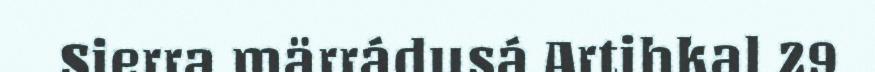
Sierra märrádusá Artihkal 29